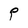
Character: P